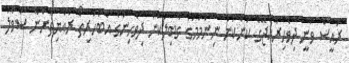
ރައީސް ވަނީ ދިވެހިރާއްޖޭގެ ކަންކަން ނިންމުމުގެ ގާބިލުކަން ދިވެހިންގެ އެބަހުރިތޯ ރައްޔިތުންނާ ސުވާލު